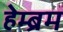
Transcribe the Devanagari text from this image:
हेम्‍ब्रम